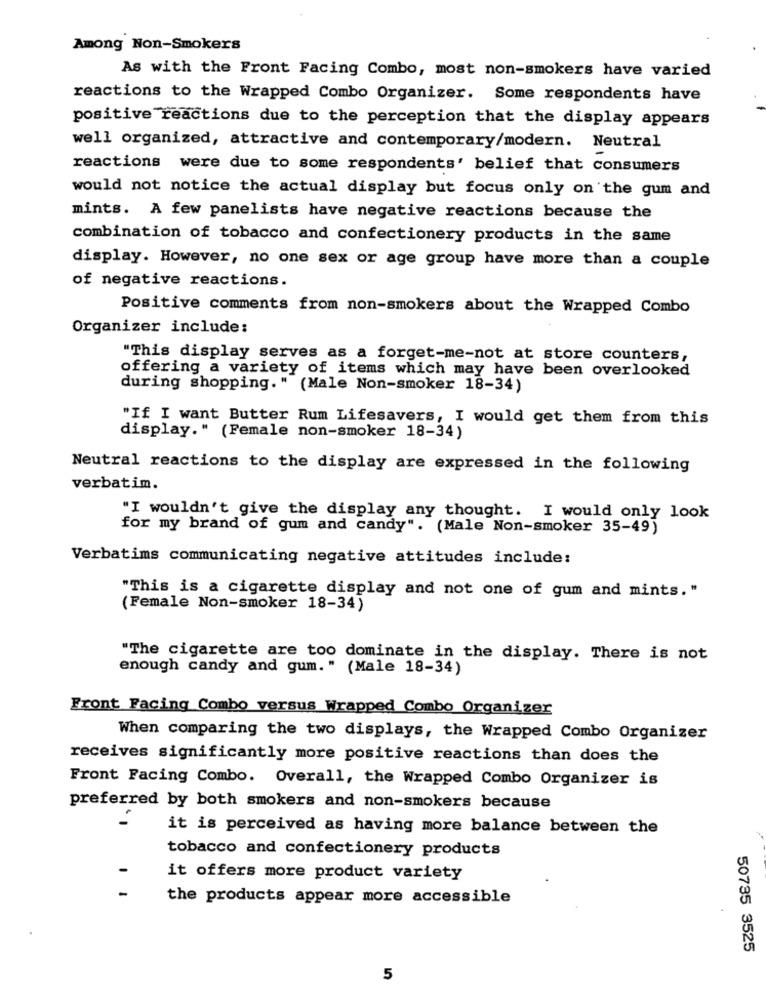
Among Non-Smokers
As with the Front Facing Combo, most non-smokers have varied
reactions to the Wrapped Combo Organizer. Some respondents have
positive reactions due to the perception that the display appears
well organized, attractive and contemporary/modern. Neutral
reactions were due to some respondents' belief that consumers
would not notice the actual display but focus only on the gum and
mints. A few panelists have negative reactions because the
combination of tobacco and confectionery products in the same
display. However, no one sex or age group have more than a couple
of negative reactions.
Positive comments from non-smokers about the Wrapped Combo
Organizer include:
"This display serves as a forget-me-not at store counters,
offering a variety of items which may have been overlooked
during shopping." (Male Non-smoker 18-34)
"If I want Butter Rum Lifesavers, I would get them from this
display." (Female non-smoker 18-34)
Neutral reactions to the display are expressed in the following
verbatim.
"I wouldn't give the display any thought. I would only look
for my brand of gum and candy". (Male Non-smoker 35-49)
Verbatims communicating negative attitudes include:
"This is a cigarette display and not one of gum and mints."
(Female Non-smoker 18-34)
"The cigarette are too dominate in the display. There is not
enough candy and gum. " (Male 18-34)
Front Facing Combo versus Wrapped Combo Organizer
When comparing the two displays, the Wrapped Combo Organizer
receives significantly more positive reactions than does the
Front Facing Combo. Overall, the Wrapped Combo Organizer is
preferred by both smokers and non-smokers because
it is perceived as having more balance between the
tobacco and confectionery products
it offers more product variety
the products appear more accessible
50735 3525
5